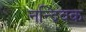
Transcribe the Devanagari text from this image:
नन्दिवक